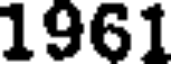
1961